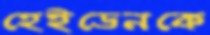
হেইডেনকে